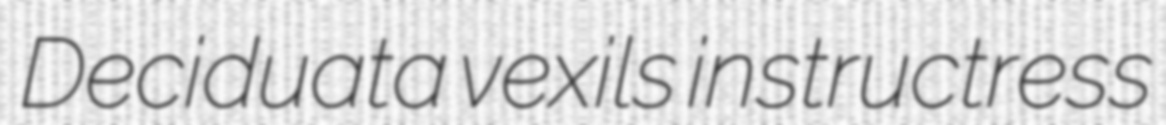
Deciduata vexils instructress